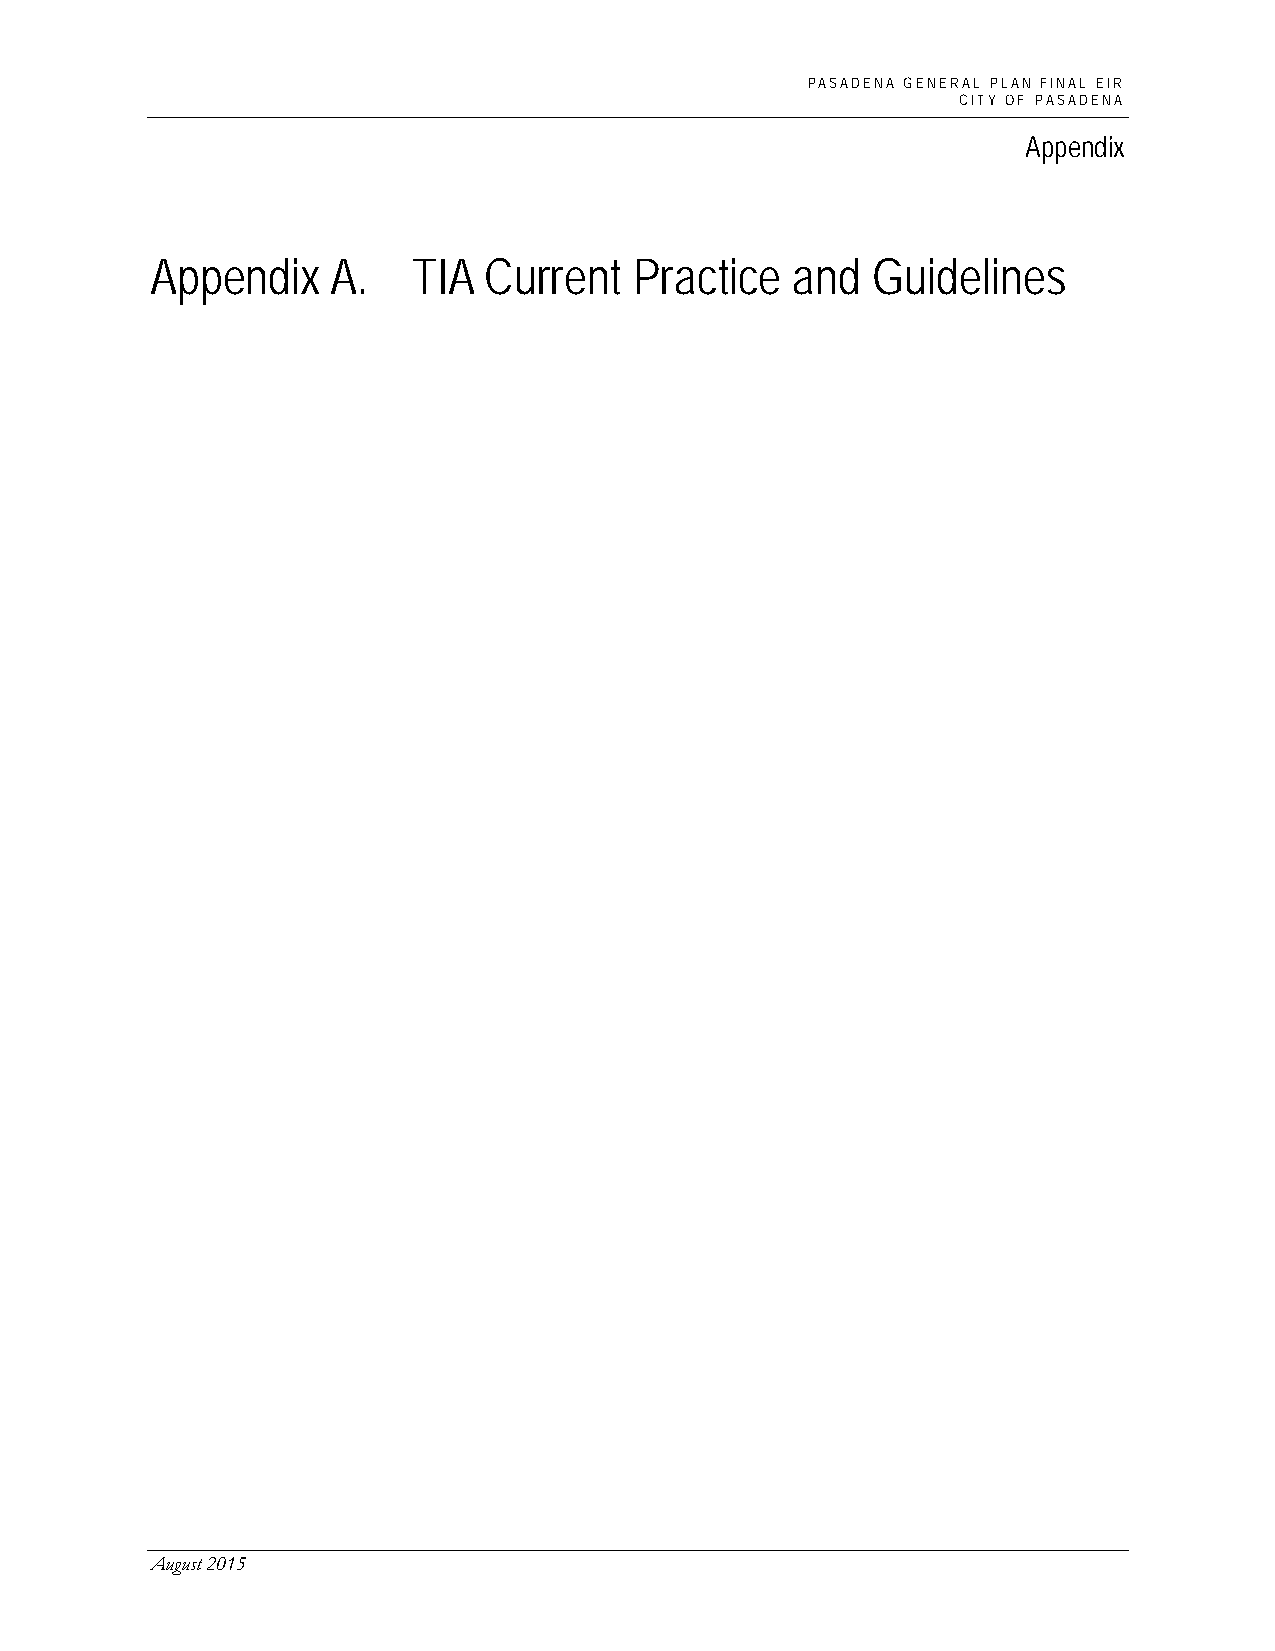
PASADENA GENERAL PLAN FINAL EIR
 CITY OF PASADENA
 Appendix
 Appendix    A.   TIA  Current   Practice  and   Guidelines
 August 2015